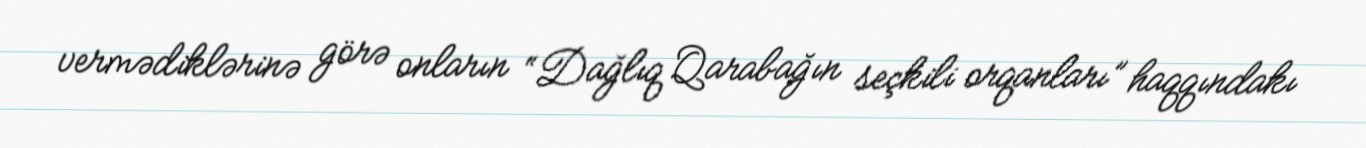
vermədiklərinə görə onların “Dağlıq Qarabağın seçkili orqanları” haqqındakı